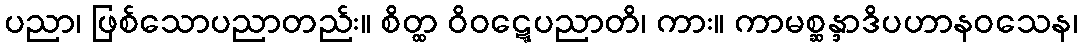
ပညာ၊ ဖြစ်သောပညာတည်း။ စိတ္ထ ဝိဝဋ္ဋေပညာတိ၊ ကား။ ကာမစ္ဆန္ဒာဒိပဟာနဝသေန၊